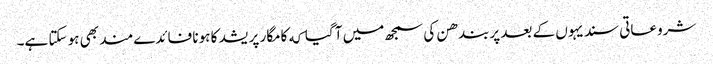
شروعاتی سندیہوں کے بعد پربندھن کی سمجھ میں آ گیا که کامگار پریشد کا ہونا فائدےمند بھی ہو سکتا ہے۔